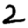
Digit: 2